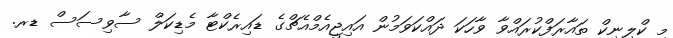
މި ކްލިނިކް ތައާރަފްކުރައްވާ ވާހަކަ ދައްކަވަމުން އައިޖީއެމްއެޗްގެ ޑައިރެކްޓާ މެޑިކަލް ސާވިސަސް ޑރ.